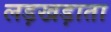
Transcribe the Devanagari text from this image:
लड़खड़ाता